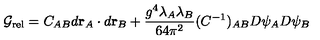
{ \cal G } _ { \mathrm { r e l } } = C _ { A B } d { \bf r } _ { A } \cdot d { \bf r } _ { B } + \frac { g ^ { 4 } \lambda _ { A } \lambda _ { B } } { 6 4 \pi ^ { 2 } } ( C ^ { - 1 } ) _ { A B } D \psi _ { A } D \psi _ { B }